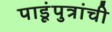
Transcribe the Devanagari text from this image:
पाडूंपुत्रांची